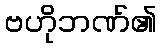
ဗဟိုဘဏ်၏